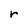
Character: r